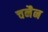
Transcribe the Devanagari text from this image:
चनैन